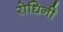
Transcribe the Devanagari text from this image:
रोधिनी